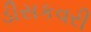
ડીસકવરી